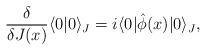
LaTeX: \begin{align*}\frac{\delta}{\delta J(x)}\langle 0|0\rangle_{J}=i\langle 0|\hat{\phi}(x)|0\rangle_{J},\end{align*}